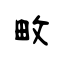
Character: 畋